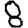
Digit: 8